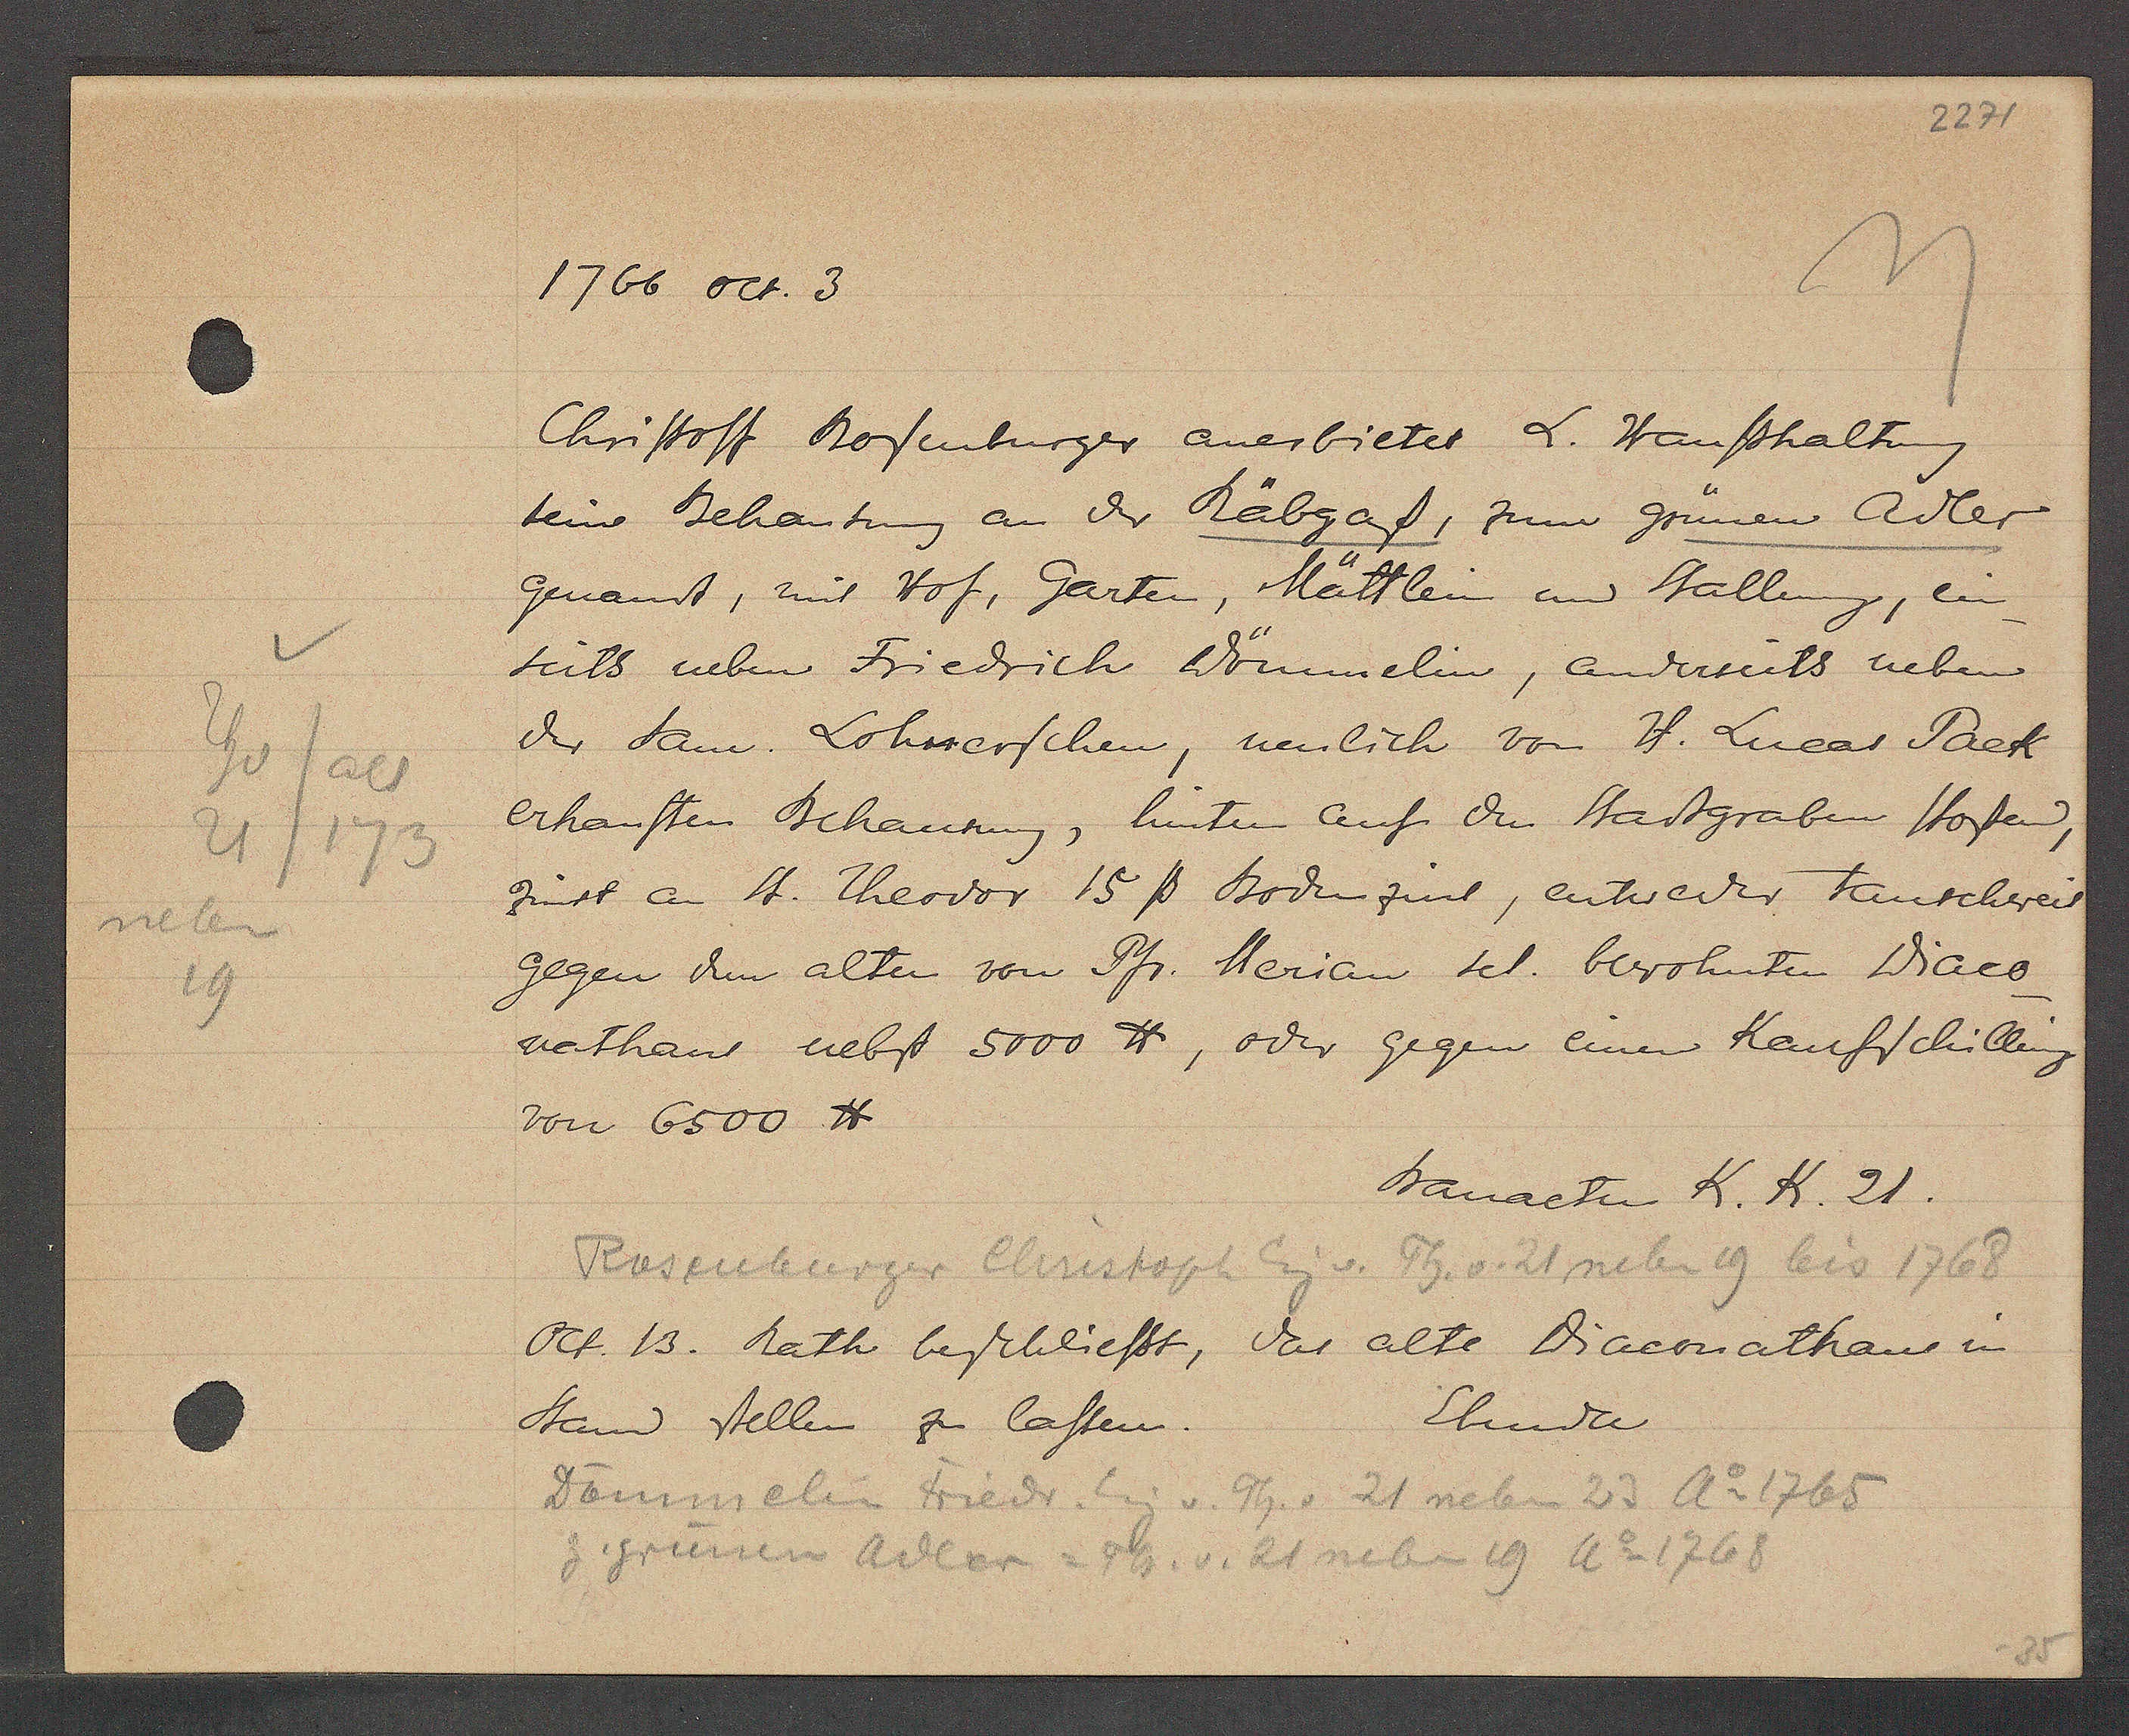
Transcript:
Thv/alt
21/173
neben
19

1766 oct. 3

Christoff hofenburger anerbietet L. Hausshaltung
seine Behausung an der Räbgass, zum grünen Adler
genannt, mit Hof, Garten, Mättlein und Stallung,
ein
seits neben Friedrich Dömmelin, anderseits neben
der Sam. Lohnerschen, nemlich von H. Lucas Tack
erkauften Behausung, hinten auf den Stadtgraben stossend,
zinst an St. Theodor 15ß Bodenzins, entweder tauschweis
gegen dem alten von Pfr. Merian sel. bewohnten Diaco¬
nethans nebst 5000 ℔, oder gegen einen Kaufschilling
von 6500 ℔

Bauacten K. K. 21.

Rosenburger Chrristoph Eig v. Th. v. 21 neben 19 bis 1768

Oct 13. Rath beschliesst, das alte Diaconathaus in
Ebenda

Stand stellen zu lassen.
Dömmelin Friedr. Eig v. Th. v. 21 neben 23 Ao 1765
z. grünen Adler = Th. v. 21 neben 19 Ao 1768